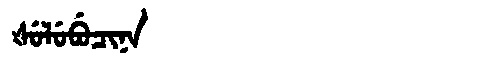
Manchu: ᡧᡠᠯᡠᠪᡠᠴᡳᠨᠠ
Romanization: ŠULUBUCINA